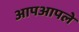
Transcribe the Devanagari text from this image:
आपआपले